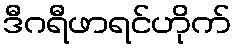
ဒီဂရီဖာရင်ဟိုက်